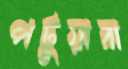
পটুয়ারা